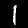
Digit: 1